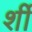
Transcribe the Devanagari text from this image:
र्शी